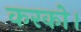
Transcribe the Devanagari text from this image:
करको।